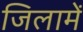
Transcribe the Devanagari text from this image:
जिलामें